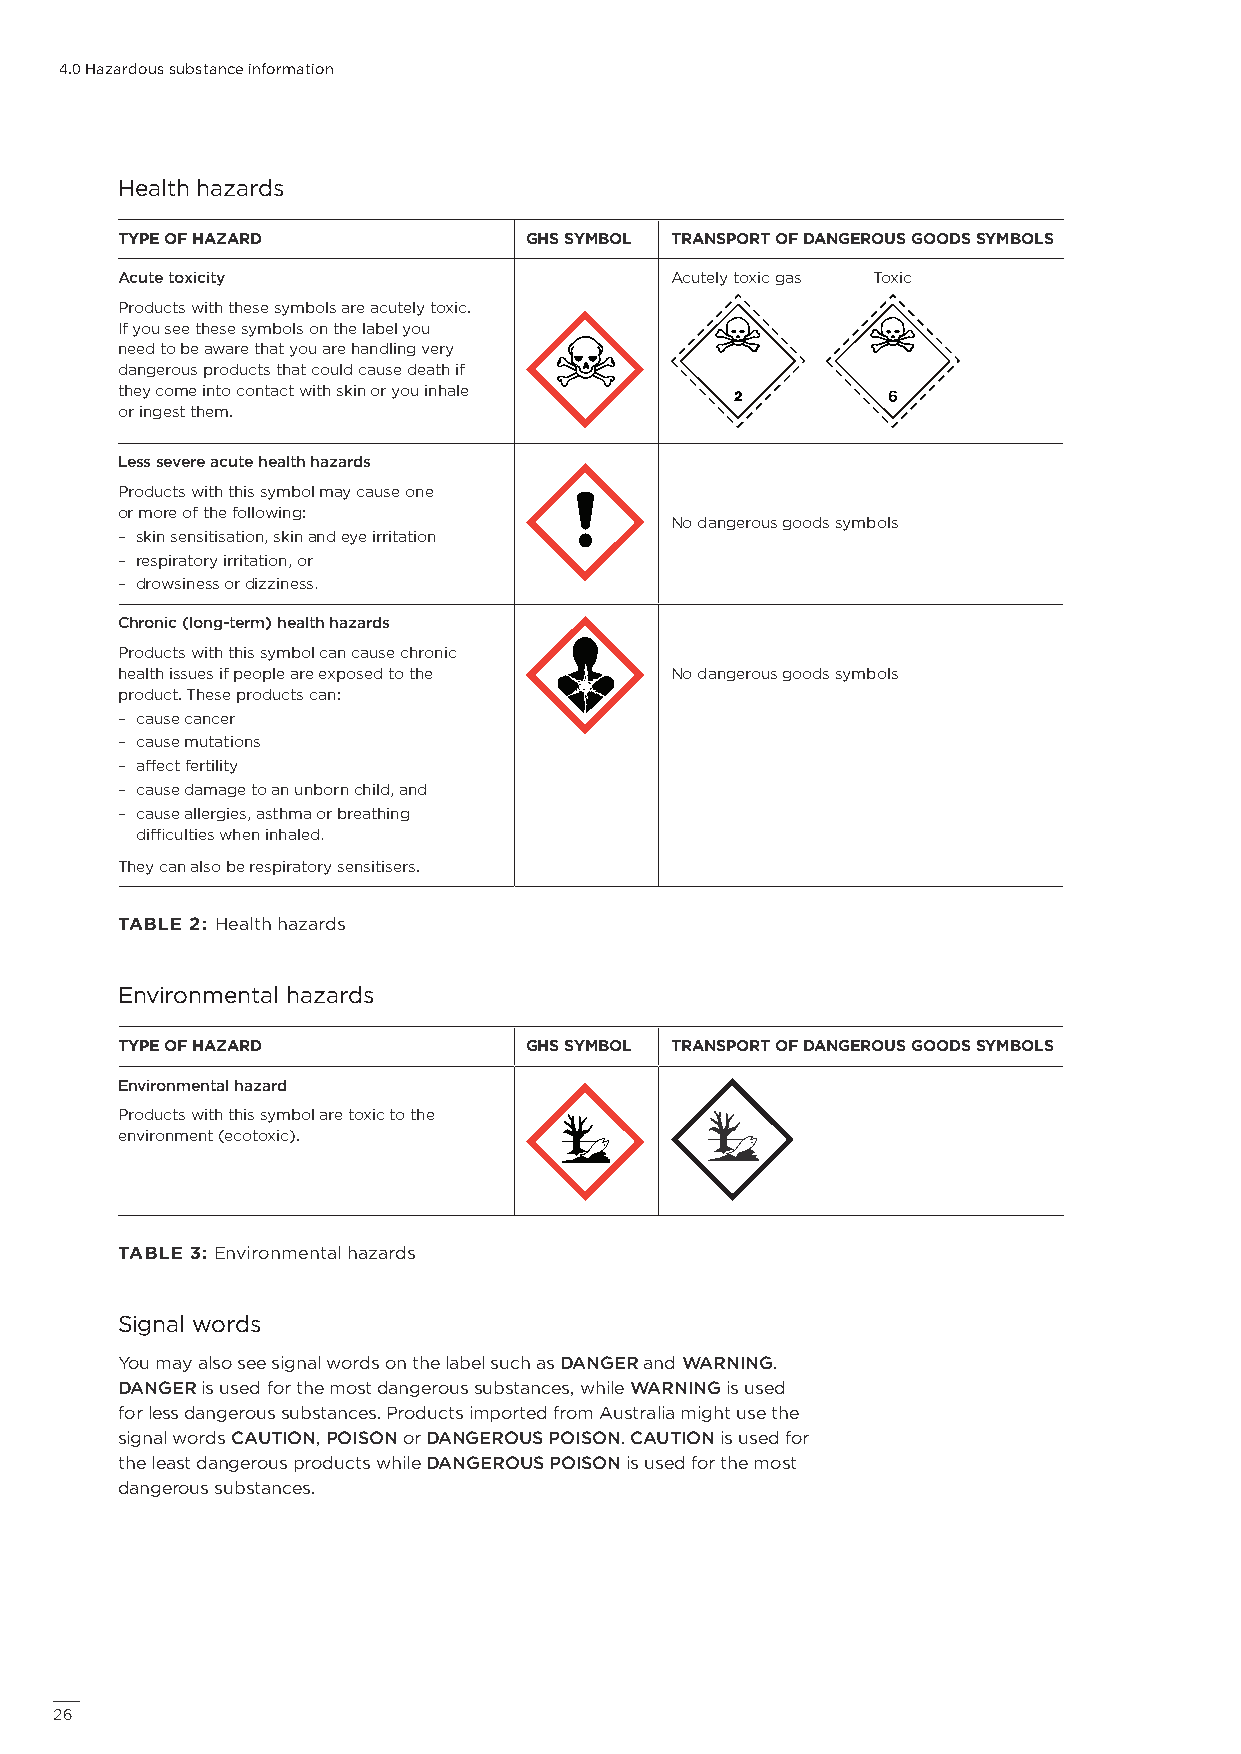
4.0 Hazardous substance information
 Health hazards
 TYPE OF HAZARD             GHS SYMBOL TRANSPORT OF DANGEROUS GOODS SYMBOLS
 Acute toxicity                      Acutely toxic gas Toxic
 Products with these symbols are acutely toxic.
 If you see these symbols on the label you
 need to be aware that you are handling very
 dangerous products that could cause death if
 they come into contact with skin or you inhale
 or ingest them.
 Less severe acute health hazards
 Products with this symbol may cause one
 or more of the following:
 No dangerous goods symbols
 – skin sensitisation, skin and eye irritation
 – respiratory irritation, or
 – drowsiness or dizziness.
 Chronic (long-term) health hazards
 Products with this symbol can cause chronic
 health issues if people are exposed to the No dangerous goods symbols
 product. These products can:
 – cause cancer
 – cause mutations
 – affect fertility
 – cause damage to an unborn child, and
 – cause allergies, asthma or breathing
 difficulties when inhaled.
 They can also be respiratory sensitisers.
 TABLE 2: Health hazards
 Environmental hazards
 TYPE OF HAZARD             GHS SYMBOL TRANSPORT OF DANGEROUS GOODS SYMBOLS
 Environmental hazard
 Products with this symbol are toxic to the
 environment (ecotoxic).
 TABLE 3: Environmental hazards
 Signal words
 You may also see signal words on the label such as DANGER and WARNING.
 DANGER is used for the most dangerous substances, while WARNING is used
 for less dangerous substances. Products imported from Australia might use the
 signal words CAUTION, POISON or DANGEROUS POISON. CAUTION is used for
 the least dangerous products while DANGEROUS POISON is used for the most
 dangerous substances.
 26